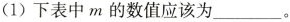
(1)下表中m的数值应该为___。